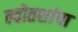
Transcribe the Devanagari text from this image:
ल्होतशांपा